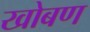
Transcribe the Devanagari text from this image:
खोबण